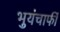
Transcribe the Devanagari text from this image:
भुयंचाफीं